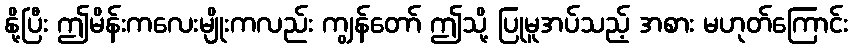
နို့ပြီး ဤမိန်းကလေးမျိုးကလည်း ကျွန်တော် ဤသို့ ပြုမူအပ်သည့် အစား မဟုတ်ကြောင်း